Report on the bubonic plague in Bombay, 1896-1897
Year: 1896
Disease focus: Plague
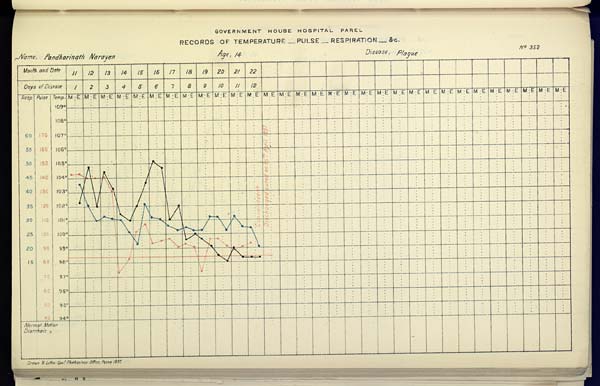
GOVERNMENT HOUSE HOSPITAL PAREL
RECORDS OF TEMPERATURE __ PULSE __ RESPIRATION __ &c.
Name, Pandharinath Narayen Age, 14 Disease, Plague No. 352
Drawn & Litho Govt. Photozinco, Office, Poona 1897.